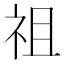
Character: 祖